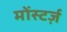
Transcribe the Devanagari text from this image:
मोंस्टर्ज़